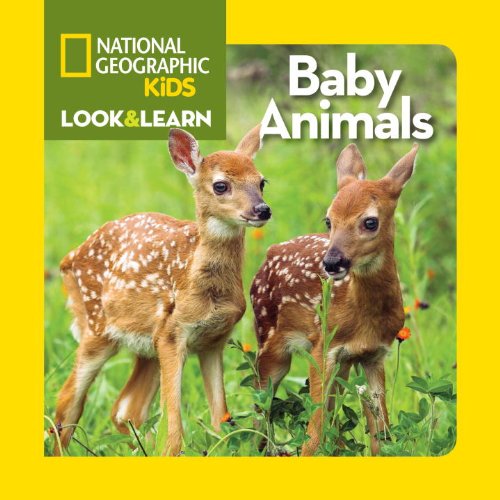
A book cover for National Geographic Kids Look and Learn: Baby Animals (Look & Learn); National Geographic Kids; Children's Books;